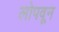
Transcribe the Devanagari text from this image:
लोपवून